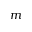
m